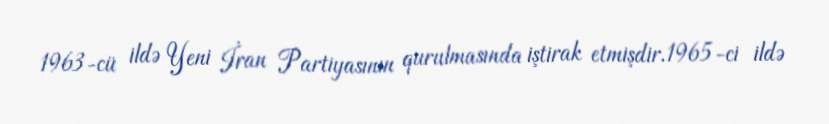
1963-cü ildə Yeni İran Partiyasının qurulmasında iştirak etmişdir.1965-ci ildə